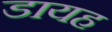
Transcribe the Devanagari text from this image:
डायह